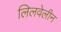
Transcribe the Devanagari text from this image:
लिलवेलीन